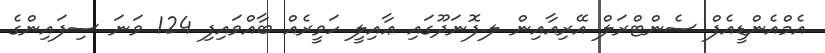
އެމްއެންޑީއެފް ސެންޓްރަލް އޭރިއާއިން ލ.ފޮނަދޫގައި ޢާއިލީ ހަވީރެއް ބާއްވައިފި 124 ވަނަ ސިފައިންގެ